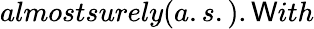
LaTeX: almostsurely(a.s.).\mathsf{W}ith